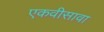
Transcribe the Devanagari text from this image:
एकवीसावा